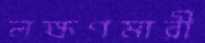
লক্ষণমারী